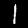
Label: 1